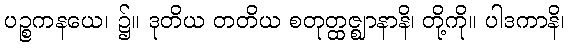
ပဉ္စကနယေ၊ ၌။ ဒုတိယ တတိယ စတုတ္ထဇ္ဈာနာနိ၊ တို့ကို။ ပါဒကာနိ၊